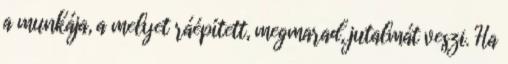
a munkája, a melyet ráépített, megmarad, jutalmát veszi. Ha